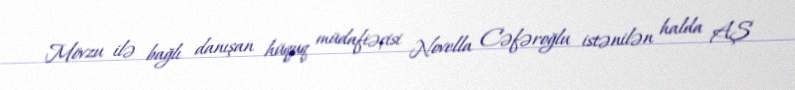
Mövzu ilə bağlı danışan hüquq müdafiəçisi Novella Cəfəroğlu istənilən halda AŞ